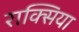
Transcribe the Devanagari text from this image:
राक्सिया